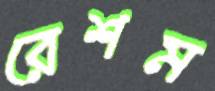
রেশম